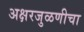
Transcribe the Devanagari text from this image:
अक्षरजुळणीचा